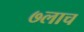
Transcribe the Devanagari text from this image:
७लाच